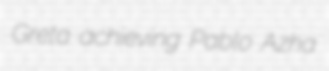
Greta achieving Pablo Azha